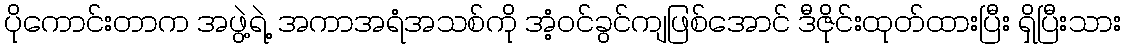
ပိုကောင်းတာက အဖွဲ့ရဲ့ အကာအရံအသစ်ကို အံ့ဝင်ခွင်ကျဖြစ်အောင် ဒီဇိုင်းထုတ်ထားပြီး ရှိပြီးသား